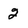
Character: 2